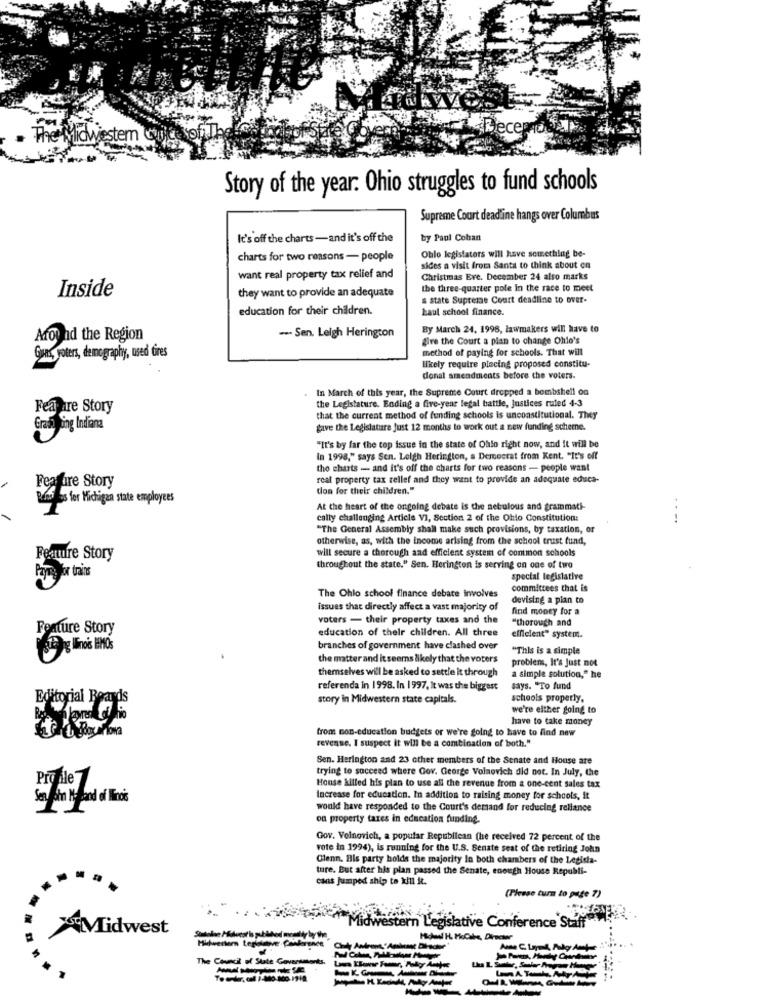
The Midwestem will sofi
Story of the year: Ohio struggles to fund schools
Supreme Court deadline hangs over Columbus
It's off the charts-and it's off the
by Paul Cohan
charts for two reasons - people
Oblo legislators will have something be-
sides a visit from Santa to think about on
want real property tax relief and
Christmas Eve. December 24 also marks
Inside
the three-quarter pole in the race to meet
they want to provide an adequate
a state Supreme Court deadline to over-
education for their children.
kaul school finance.
By March 24, 1998, lawmakers will have to
Around the Region
-- Sen. Leigh Herington
give the Court a plan to change Ohle's
method of paying for schools. That will
Gues, yoters, demography, used tires
likely require placing proposed constitu-
donal amendments before the voters.
In March of this year, the Supreme Court dropped a bombshell on
the Legislature. Ending a five-year legal battle, justices ruled 4-3
Fear are Story
that the current method of funding schools is unconstitutional. They
Grad Doing Indiana
gave the Legislature Just 12 months to work out a new funding scherne.
"It's by far the top issue in the state of Ohio right now, and it will be
In 1998," says Sen. Leigh Herington, a Democrat from Kent. "It's off
the charts -- and it's off the charts for two reasons - people want
Feature Story
real property tax rellef and they want to provide an adequate educa-
tion for their children."
Rint los for Michigan state employees
At the heart of the ongoing debate is the nebulous and grammati
cally challenging Article VI, Section 2 of the Ohio Constitution:
""The General Assembly shall make such provisions, by taxation, or
otherwise, as, with the income arising from the school trust fund,
will secure a thorough and efficient system of common schools
Feature Story
throughout the state." Sen. Herington is serving on one of two
Paymayor trains
special legislative
committees that is
The Ohlo school finance debate involves
devising a pian to
issues that directly affect a vast majority of
find money for a
voters - their property taxes and the
"thorough and
Feature Story
education of their children. All three
efficient" system.
branches of government have clashed over
"This is a simple
the matter and it seems likely that the voters
themselves will be asked to settle it through
problems, It's Just not
a simple solution," he
referenda in 1998. In 1997, It was the biggest
says. "To fund
Editorial Boards
story in Midwestern state capitals.
schools properly,
we're either going to
have to take money
from non-education budgets or we're going to have to find new
revenue. I suspect it will be a combination of both."
Sen. Herington and 23 other members of the Senate and House are
trying to succeed where Gov. George Volnovich did not. In July, the
Pro ple 7
House killed his plan to use all the revenue from a one-cent sales tax
Increase for education. In addition to raising money for schools, it
would have responded to the Court's demand for reducing reliance
on property taxes in education funding.
Gov. Voinovich, a popular Republican (he received 72 percent of the
vote in 1996), is running for the U.S. Senate seat of the retiring John
Glenn. His party holds the majority In both chambers of the Legisla-
ture. But after his plan passed the Senate, enough House Republi-
cais jumped ship to kill it.
(Please turn to page 7)
Midwe
Midwest
tern Legislative Conference Staff
Midwestern teplotative Conkoran
Mówi H. PoCaka, D
The Council of State Govertms